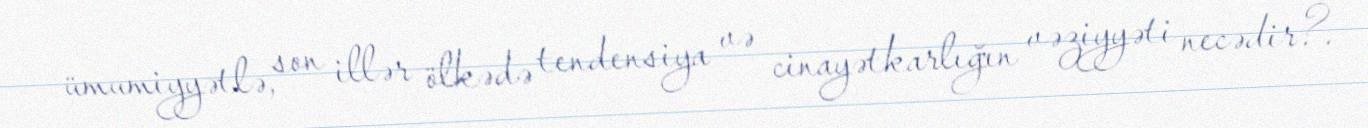
ümumiyyətlə, son illər ölkədə tendensiya və cinayətkarlığın vəziyyəti necədir?.